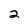
Character: 2